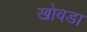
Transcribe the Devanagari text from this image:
खोवडा